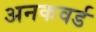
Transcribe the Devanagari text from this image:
अनकवर्ड